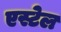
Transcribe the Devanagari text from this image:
एस्टेल